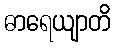
ဓာရေယျာတိ